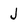
Character: J